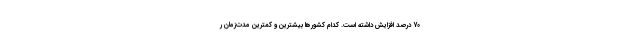
70 درصد افزایش داشته است. کدام کشورها بیشترین و کمترین مدت‌زمان ر